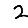
Digit: 2